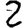
Digit: 2